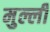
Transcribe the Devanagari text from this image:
मुल्ली